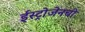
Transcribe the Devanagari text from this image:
ईस्ट्रोजेनची